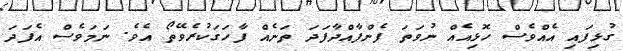
ގުޅިފައި އެއްވެސް ހޮޅިއެއް ނުވަތަ ފެންފާއްދާފަދަ ތަނެއް ފާހަގަކުރެވޭތޯ އެވެ. ނަމަވެސް އެފަދަ